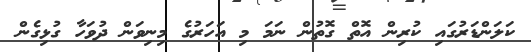
ކަލަންޑަރުގައި ކުރިން އޮތް ގޮތުން ނަމަ މި އަހަރުގެ މިނިވަން ދުވަހާ ގުޅިގެން